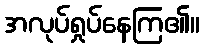
အလုပ်ရှုပ်နေကြ၏။